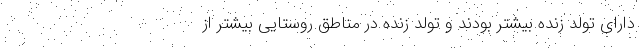
دارای تولد زنده بیشتر بودند و تولد زنده در مناطق روستایی بیشتر از